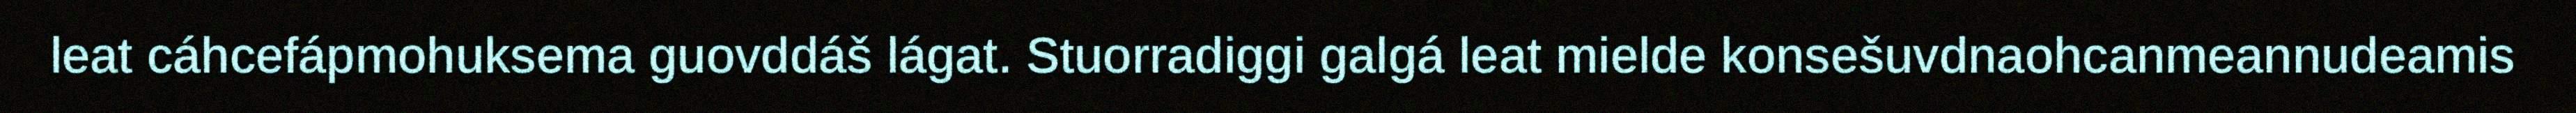
leat cáhcefápmohuksema guovddáš lágat. Stuorradiggi galgá leat mielde konsešuvdnaohcanmeannudeamis